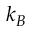
k _ { B }